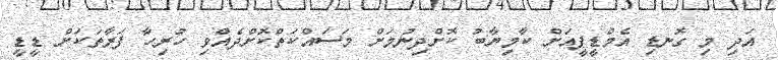
އަދި މި ގޮނޑި އެމްޑީޕީއަށް ކާމިޔާބު ކޮށްދިނުމަށް މަސައްކަތްކޮށްދެއްވި ހުރިހާ ފަރާތަކަށް ޑީޑީ